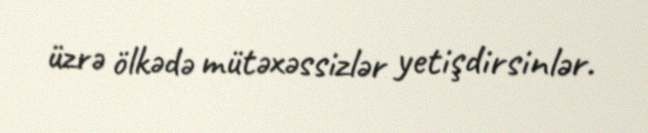
üzrə ölkədə mütəxəssizlər yetişdirsinlər.